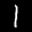
Label: 1